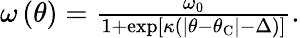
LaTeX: \begin{array}{r}{\omega\left(\theta\right)=\frac{\omega_{0}}{1+\exp\left[\kappa\left(\left|\theta-\theta_{\mathrm{C}}\right|-\Delta\right)\right]}.}\end{array}